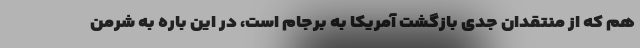
هم که از منتقدان جدی بازگشت آمریکا به برجام است، در این باره به شرمن